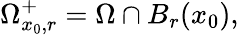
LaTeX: \Omega_{x_{0},r}^{+}=\Omega\cap B_{r}(x_{0}),